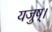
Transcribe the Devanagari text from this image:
यजुष्।